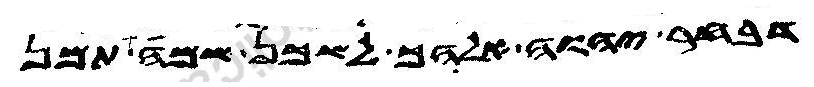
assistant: דבחר יהוה אלהך לשכן שמה תמן